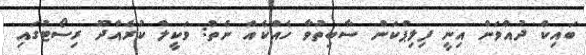
ބައިކް ދުއްވަން އިނީ ފިލިޕްކަން ސާބިތުވާ ހެއްކެއް ނެތް: ވަކީލް ކުރެއްދޫ ރިސޯޓުގައި